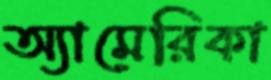
অ্যামেরিকা